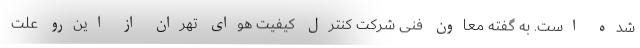
شده است. به گفته معاون فنی شرکت کنترل کیفیت هوای تهران از این‌رو علت